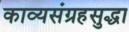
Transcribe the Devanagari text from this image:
काव्यसंग्रहसुद्धा